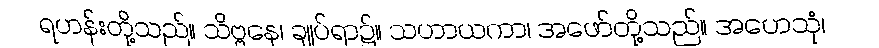
ရဟန်းတို့သည်။ သိဗ္ဗနေ၊ ချုပ်ရာ၌။ သဟာယကာ၊ အဖော်တို့သည်။ အဟေသုံ၊